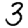
Digit: 3